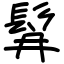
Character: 髥